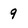
Character: 9